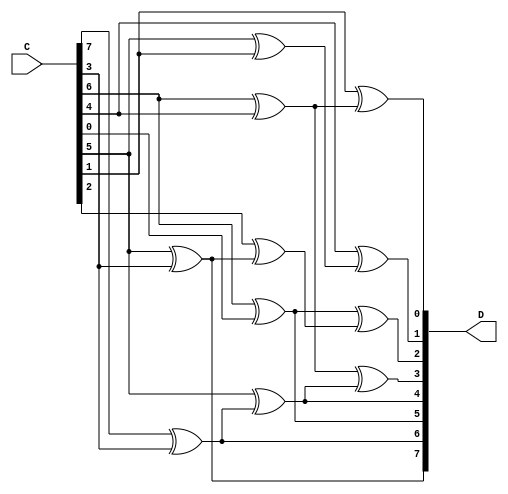
`timescale 1ns / 1ps
//////////////////////////////////////////////////////////////////////////////////
// Company: 
// Engineer: 
// 
// Design Name: 
// Module Name:    inv_lin_map 
// Project Name: 
// Target Devices: 
// Tool versions: 
// Description: 
//
// Dependencies: 
//
// Revision: 
// Revision 0.01 - File Created
// Additional Comments: 
//
//////////////////////////////////////////////////////////////////////////////////
//linear mapping at output 
module inv_lin_map (
   input [7:0] C,
   output [7:0] D
   );
	
	wire T1, T2, T3, T4, T5,T6, T7, T8, T9;
	
	assign T1 = C[7] ^ C[3] ;
	assign T2 = C[6] ^ C[4] ;
	assign T3 = C[6] ^ C[0] ;
	assign T4 = C[5] ^ C[3] ;
	assign T5 = C[5] ^ T1 ;
	assign T6 = C[5] ^ C[1] ;
	assign T7 = C[4] ^ T6 ;
	assign T8 = C[2] ^ T4 ;
	assign T9 = C[1] ^ T2 ;
	assign D[7] = T4 ;
	assign D[6] = T1 ;
	assign D[5] = T3 ;
	assign D[4] = T5 ;
	assign D[3] = T2 ^ T5 ;
	assign D[2] = T3 ^ T8 ;
	assign D[1] = T7 ;
	assign D[0] = T9 ;

endmodule